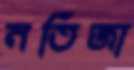
নতিজা